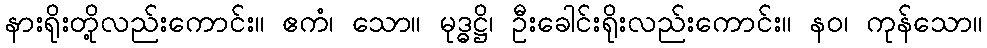
နားရိုးတို့လည်းကောင်း။ ဧကံ၊ သော။ မုဒ္ဓဋ္ဌိ၊ ဦးခေါင်းရိုးလည်းကောင်း။ နဝ၊ ကုန်သော။